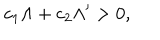
LaTeX: c _ { 1 } \Lambda + c _ { 2 } \Lambda ^ { \prime } > 0 ,